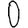
Digit: 0